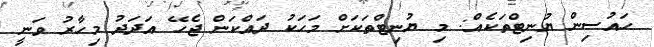
ހައުސިން ޔުނިޓްތަކެއް: މި ޔުނިޓްތަކަށް މަހަކު ދައްކަން ޖެހޭ އަދަދު މިހާރު ވަނީ